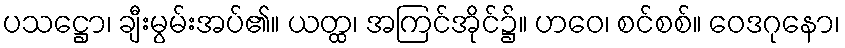
ပသဋ္ဌော၊ ချီးမွမ်းအပ်၏။ ယတ္ထ၊ အကြင်အိုင်၌။ ဟဝေ၊ စင်စစ်။ ဝေဒဂုနော၊